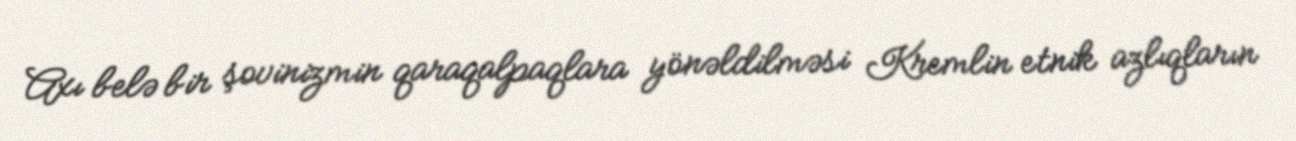
Axı belə bir şovinizmin qaraqalpaqlara yönəldilməsi Kremlin etnik azlıqların